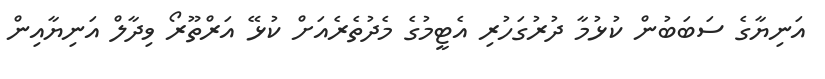
އަނިޔާގެ ސަބަބުން ކުޅުމާ ދުރުގަހުރި އެޓީމުގެ މެދުތެރެއަށް ކުޅޭ އަރްތޫރޯ ވިދާލް އަނިޔާއިން